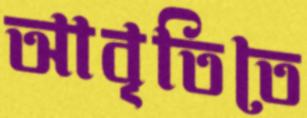
আবৃতিতে